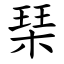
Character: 琹